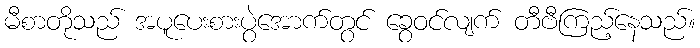
မီစာတိုသည် အပူပေးစားပွဲအောက်တွင် ခွေဝင်လျက် တီဗီကြည့်နေသည်။